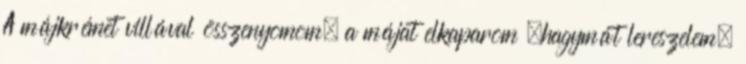
A májkrémet villával összenyomom, a májat elkaparom ,hagymát lereszelem.